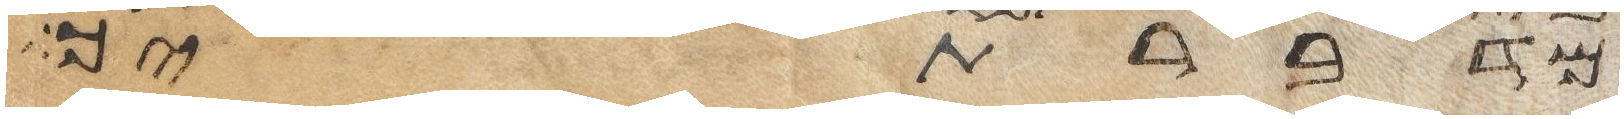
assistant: מדברתך